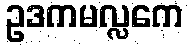
ဥဒကမလ္လကေ